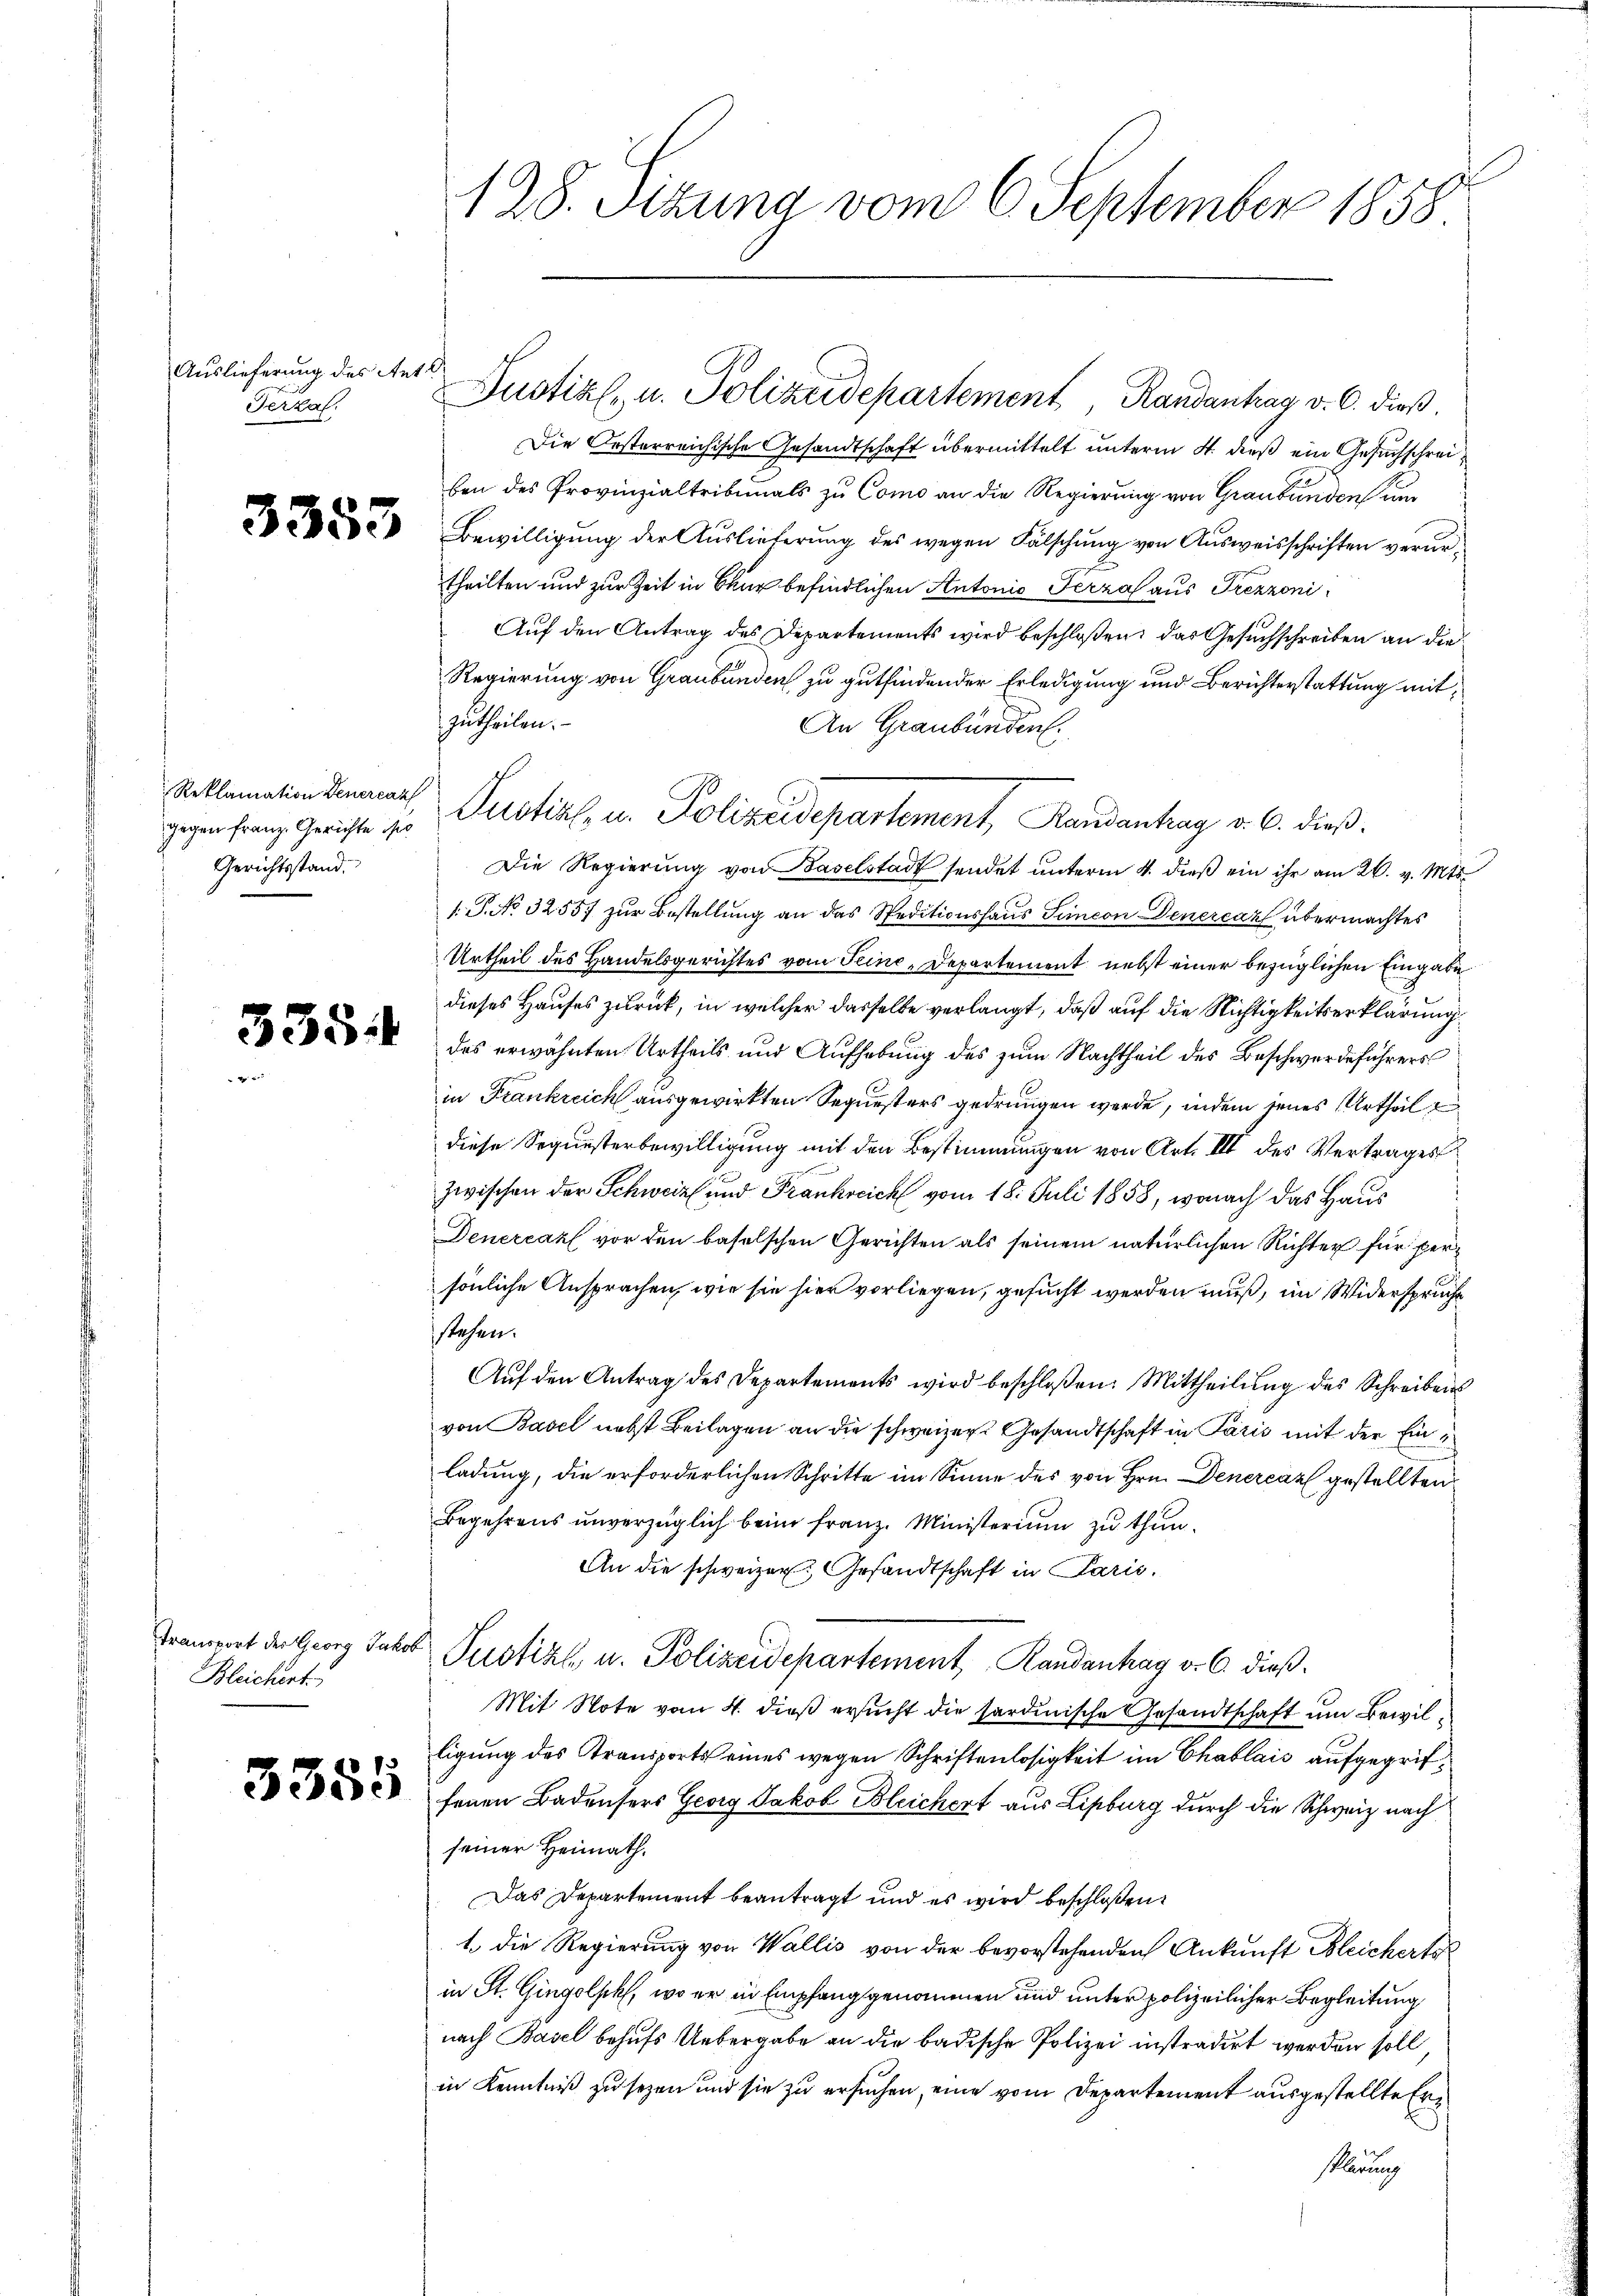
Auslieferung des Antl
Jerzal

3353

Reklamation Generaz
Gerichtsstand.

3554

Bleichert

3355

128. Sizung vom 6. September 1858

Die Oesterreichische Gesandtschaft übermittelt unterm 4. dieß ein Gesuchschreiben des Provinzialtribunals zu Como an die Regierung von Graubünden um
Bewilligung der Auslieferung des wegen Fälschung von Ausweisschriften verurtheilten und zur Zeit in Chur befindlichen Antonio Herzal aus Trezzoni¬
Auf den Antrag des Departements wird beschloßen: das Gesuchschreiben an die
Regierung von Graubünden zu gutfindender Erledigung und Berichterstattung mit
zutheilen.
An Graubünden.
Die Regierung von Baselstadt sendet unterm 4. dieß ein ihr am 26. v. Mts.
1.P. No. 32557 zur Bestellung an das Speditionshaus Simeon Genercaz übermachtes
Urtheil des Handelsgerichtes vom Seine-Departement nebst einer bezüglichen Eingabe
dieses Hauses zurück, in welcher dasselbe verlangt, daß auf die Nichtigkeitserklärung
des erwähnten Urtheils und Aufhebung des zum Nachtheil des Beschwerdeführers
in Frankreich ausgewirkten Sequesters gedrungen werde, indem jenes Urtheil
diese Sequesterbewilligung mit den Bestimmungen von Art. III des Vertrages
zwischen der Schweiz und Frankscich vom 18. Juli 1858, wonach das Haus
Denerčak vor den baselschen Gerichten als seinem natürlichen Richter für per
sönliche Ansprachen, wie sie hier vorliegen, gesucht werden muß, im Widerspruche
stehen.
Aŭf den Antrag des Departements wird beschloßen: Mittheilŭng des Schreibens
von Basel nebst Beilagen an die schweizer Gesandtschaft in Paris mit der Einladung, die erforderlichen Schritte im Sinne des von Hrn. Deneraz gestellten
Begehrens unverzüglich beim Franz. Ministerium zu thun.
An die schweizer Gesandtschaft in Paris.
Tranwort der Georg Jakob Justiz, u. Polizeidepartement, Randantrag v. 6. dieß¬
Mit Note vom 4. dieß ersucht die sardinische Gesandtschaft und Bewil¬
Eigung des Transports eines wegen Schriftenlosigkeit im Chablais aufgegriffenen Badensers Georg Jakob Bleichert aus Lisburg durch die Schweiz nach
seiner Heimath.
Das Departement beantragt und es wird beschloßen:
t. Die Regierung von Wallis von der bevorstehenden Ankunft Bleicherte
in St. Gingolsch, wo er in Empfang genommen und unter polizeilicher Begleitung
nach Basel behufs Uebergabe an die badische Polizei instradirt werden soll,
in Kenntniß zu sezen und sie zu ersuchen, eine vom Departement ausgestellte Eri
Klärung

Justiz- u. Polizeidepartement Randantrag v. 6. dieß.

gegen franz Gerichte der Justizl, u. Polizeidepartement, Randantag v. 6. dieß.